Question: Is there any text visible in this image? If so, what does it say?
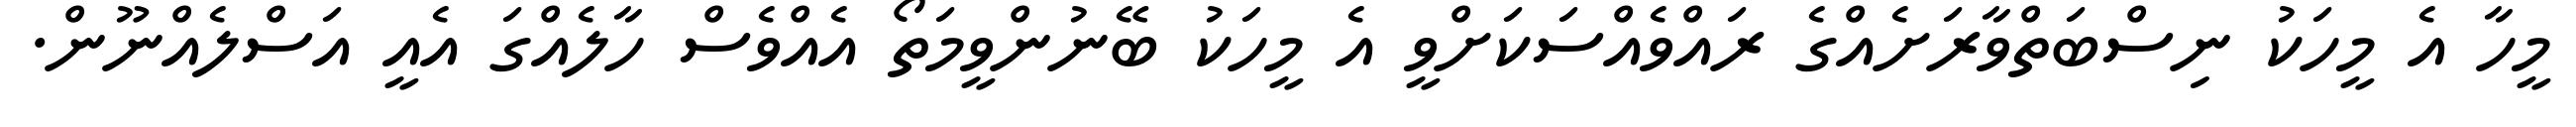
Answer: މީހާ އެ މީހަކު ނިސްބަތްވާރަށެއްގެ ރައްވެއްސަކަށްވީ އެ މީހަކު ބޭނުންވީމަތޯ އެއްވެސް ހާލެއްގަ އެއީ އަސްލެއްނޫން.